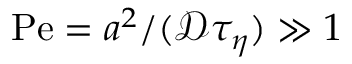
\mathrm { P e } = a ^ { 2 } / ( \mathscr { D } \tau _ { \eta } ) \gg 1